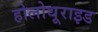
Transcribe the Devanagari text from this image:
होलोथूराइड